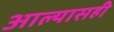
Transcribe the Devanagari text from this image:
आल्यासही